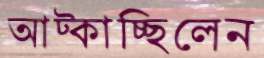
আট্‌কাচ্ছিলেন